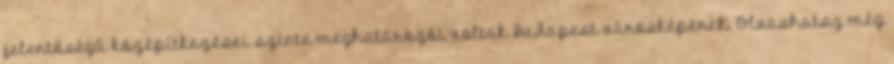
jelentőségű középítkezései szinte meghatározói voltak Budapest városképének. Olvashatsz még